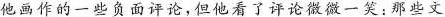
他画作的一些负面评论，但他看了评论微微一笑：那些文